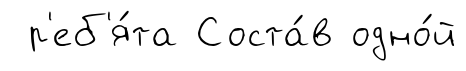
р'еб'я́та Соста́в одно́й